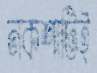
নকশাটিই